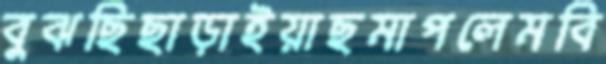
বুঝছিছাড়াইয়াছমাপলেমবি